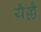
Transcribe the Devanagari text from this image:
यैल्लै